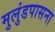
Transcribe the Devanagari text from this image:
मुलुंडपासना